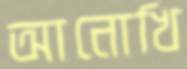
আনোখি